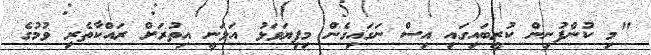
"މި ކުންފުނިން ކުރީބައިގައި އިސް ނަގައިގެން މިފިޔަވަޅު އަޅަނީ އިތުރަށް ރައްކާތެރި ވުމުގެ